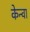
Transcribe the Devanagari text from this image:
केन्वा